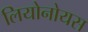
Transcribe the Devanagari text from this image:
लियोनोयस